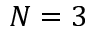
N = 3